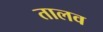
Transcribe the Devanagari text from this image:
तालव